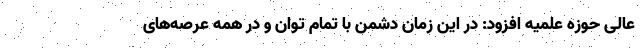
عالی حوزه علمیه افزود: در این زمان دشمن با تمام توان و در همه عرصه‌های